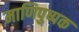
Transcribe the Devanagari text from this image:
माणिपुष्पक